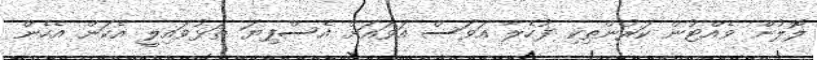
ލޮލުން ވެއްޓުން ކަރުންތިކި ފުހެލާ އަވަސް އަވައަށް އެސްފިޔަ ތަޅުވައިލީ އެކަން އެހެން